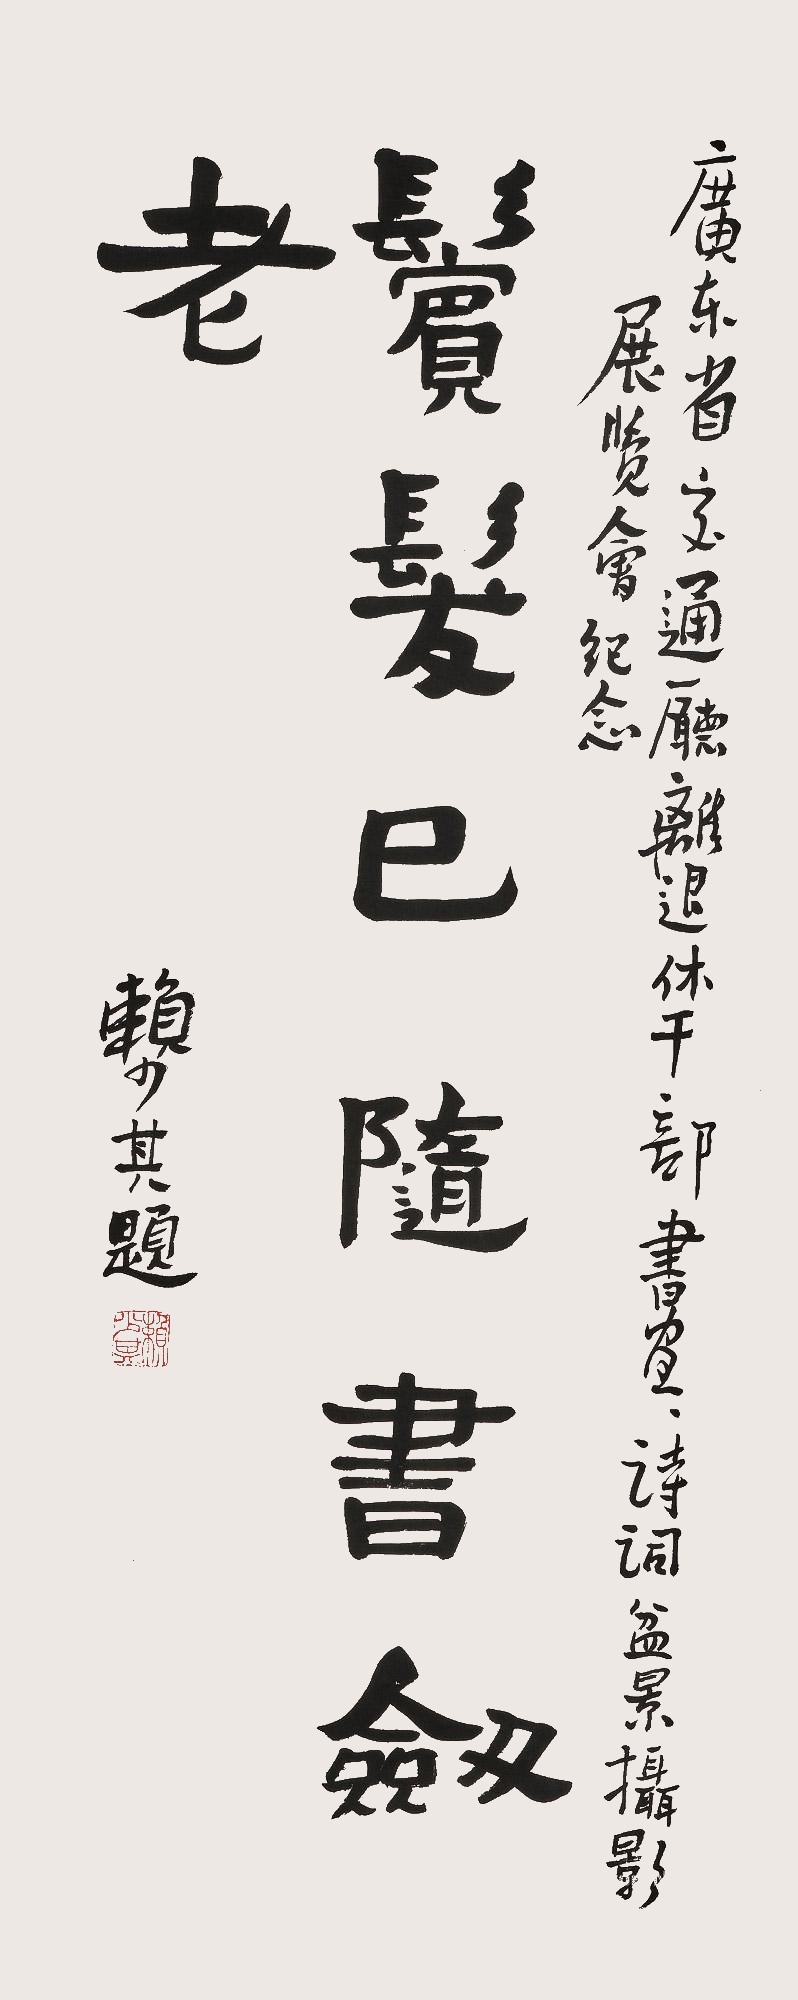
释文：鬓发已随书剑老。广东省交通厅离退休干部书画诗词盆景摄影展览会纪念。赖少其题。